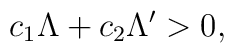
c_{1}\Lambda+c_{2}\Lambda'>0,